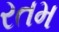
રતમ